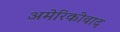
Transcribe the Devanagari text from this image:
अमेरिकीवाद